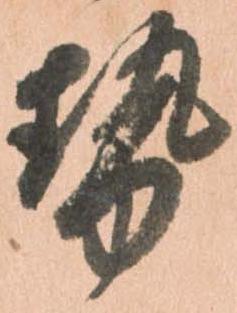
勢